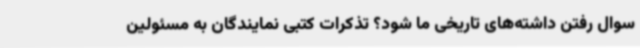
سوال رفتن داشته‌های تاریخی ما شود؟ تذکرات کتبی نمایندگان به مسئولین